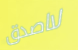
لااصدق